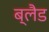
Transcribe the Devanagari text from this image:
ब्लैड